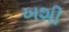
ખશી